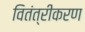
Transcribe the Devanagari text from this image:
वितंत्रीकरण